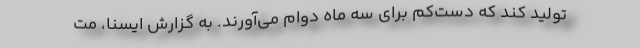
تولید کند که دست‌کم برای سه ماه دوام می‌آورند. به گزارش ایسنا، مت